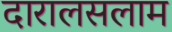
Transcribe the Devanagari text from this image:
दारालसलाम